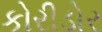
કોરીડોર